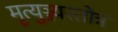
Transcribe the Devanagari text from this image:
मृत्युञ्ज्यस्तोत्रं